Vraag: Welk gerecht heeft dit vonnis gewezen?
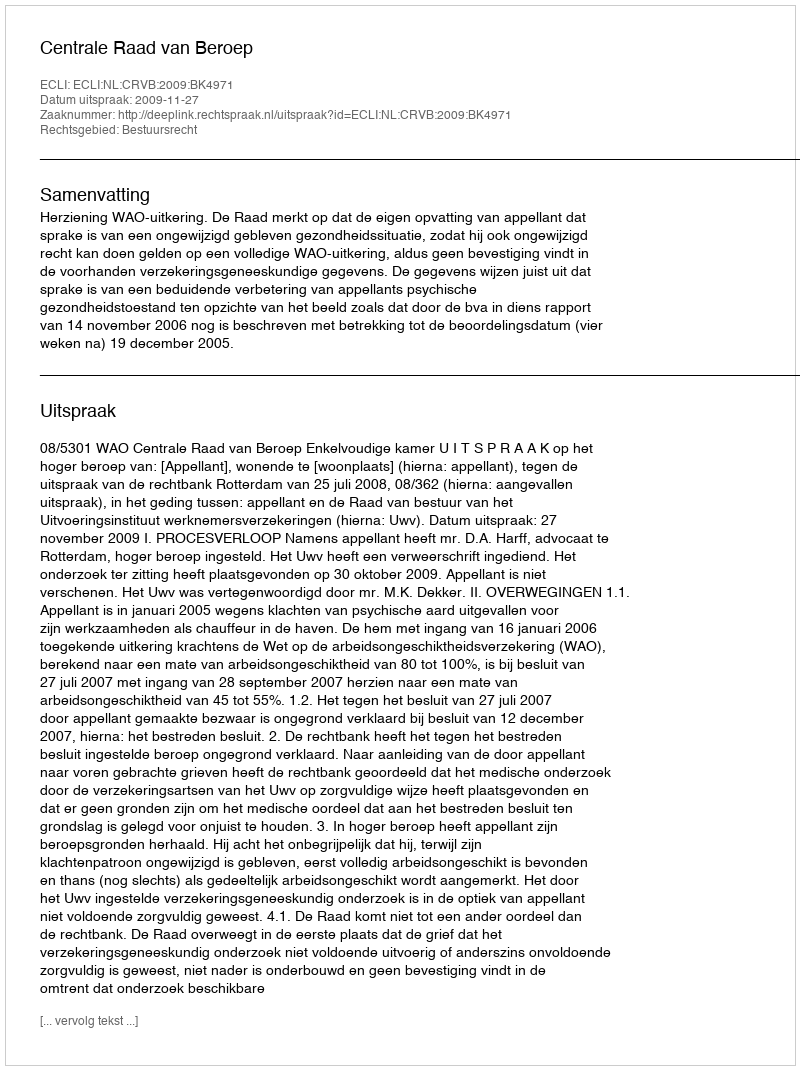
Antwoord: Centrale Raad van Beroep